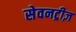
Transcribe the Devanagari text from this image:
सेवनट्रीज़